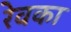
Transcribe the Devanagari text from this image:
रेवका